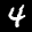
Label: 4